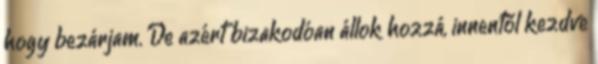
hogy bezárjam. De azért bizakodóan állok hozzá, innentől kezdve